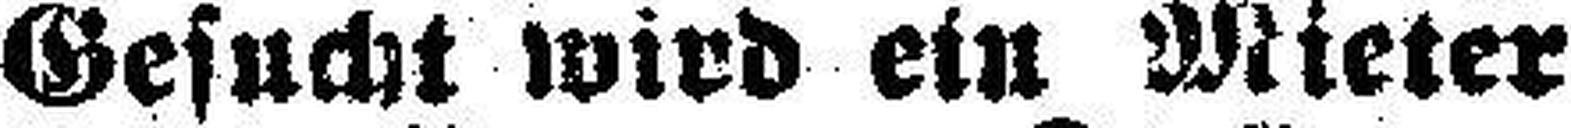
Gesucht wird ein Mieter